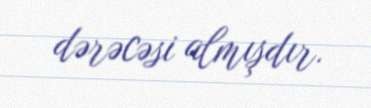
dərəcəsi almışdır.